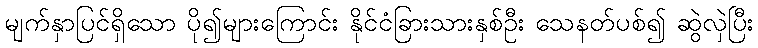
မျက်နှာပြင်ရှိသော ပို၍များကြောင်း နိုင်ငံခြားသားနှစ်ဦး သေနတ်ပစ်၍ ဆွဲလှဲပြီး